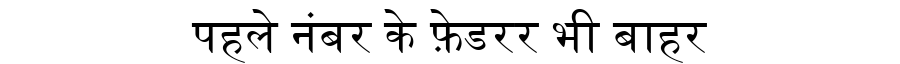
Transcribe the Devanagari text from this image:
पहले नंबर के फ़ेडरर भी बाहर